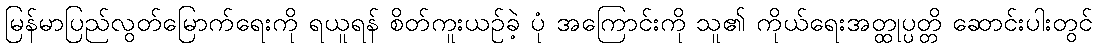
မြန်မာပြည်လွတ်မြောက်ရေးကို ရယူရန် စိတ်ကူးယဉ်ခဲ့ ပုံ အကြောင်းကို သူ၏ ကိုယ်ရေးအတ္ထုပ္ပတ္တိ ဆောင်းပါးတွင်